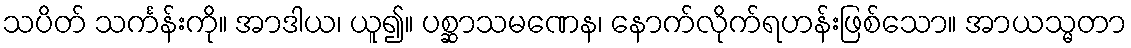
သပိတ် သင်္ကန်းကို။ အာဒါယ၊ ယူ၍။ ပစ္ဆာသမဏေန၊ နောက်လိုက်ရဟန်းဖြစ်သော။ အာယသ္မတာ